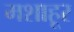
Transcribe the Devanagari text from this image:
मशाहूर